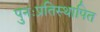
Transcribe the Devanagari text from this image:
पुनःप्रतिस्थापित